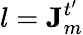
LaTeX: l=\mathbf{J}_{m}^{t^{\prime}}